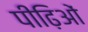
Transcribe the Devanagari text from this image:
पीढ़िओं